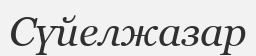
Сүйелжазар